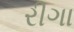
રીગા